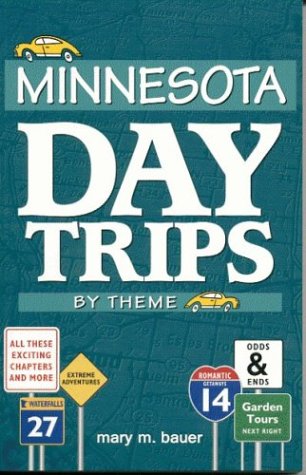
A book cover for Minnesota Day Trips by Theme; Mary Bauer; Travel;